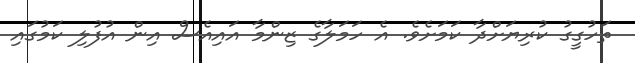
ތަހުގީގު ކުރިޔަށްދާ ކަމަށެވެ. އެ ހަމަލާގެ ޒިންމާ އައިއެސް އިން އުފުލި ކަމުގައި